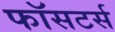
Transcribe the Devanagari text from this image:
फॉसटर्स